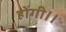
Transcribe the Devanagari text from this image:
होंगी।।